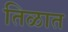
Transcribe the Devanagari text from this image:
तिळात